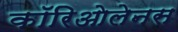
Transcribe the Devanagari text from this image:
कॉरिओलेनस